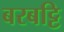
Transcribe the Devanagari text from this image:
बरबट्टि